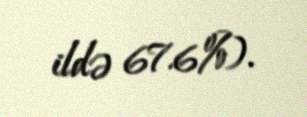
ildə 67.6%).